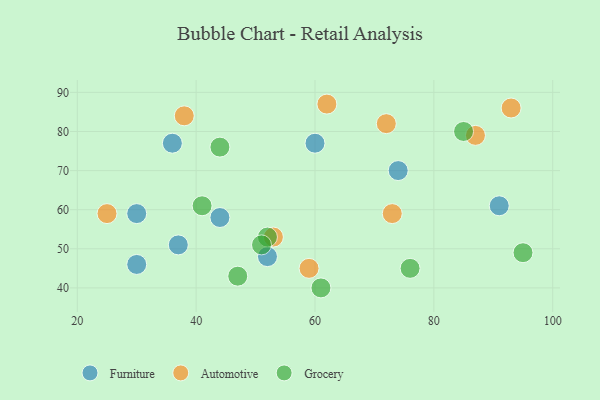
{"axis": {"x": "GDP", "y": "Life Expectancy"}, "legend": ["Automotive", "Furniture", "Grocery"], "data": [{"x": "44", "y": 58, "type": "Furniture"}, {"x": "60", "y": 77, "type": "Furniture"}, {"x": "30", "y": 46, "type": "Furniture"}, {"x": "37", "y": 51, "type": "Furniture"}, {"x": "30", "y": 59, "type": "Furniture"}, {"x": "52", "y": 48, "type": "Furniture"}, {"x": "91", "y": 61, "type": "Furniture"}, {"x": "74", "y": 70, "type": "Furniture"}, {"x": "36", "y": 77, "type": "Furniture"}, {"x": "87", "y": 79, "type": "Automotive"}, {"x": "72", "y": 82, "type": "Automotive"}, {"x": "38", "y": 84, "type": "Automotive"}, {"x": "93", "y": 86, "type": "Automotive"}, {"x": "73", "y": 59, "type": "Automotive"}, {"x": "53", "y": 53, "type": "Automotive"}, {"x": "25", "y": 59, "type": "Automotive"}, {"x": "59", "y": 45, "type": "Automotive"}, {"x": "62", "y": 87, "type": "Automotive"}, {"x": "61", "y": 40, "type": "Grocery"}, {"x": "95", "y": 49, "type": "Grocery"}, {"x": "41", "y": 61, "type": "Grocery"}, {"x": "52", "y": 53, "type": "Grocery"}, {"x": "44", "y": 76, "type": "Grocery"}, {"x": "85", "y": 80, "type": "Grocery"}, {"x": "51", "y": 51, "type": "Grocery"}, {"x": "47", "y": 43, "type": "Grocery"}, {"x": "76", "y": 45, "type": "Grocery"}]}